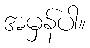
အမှန်ပါ။